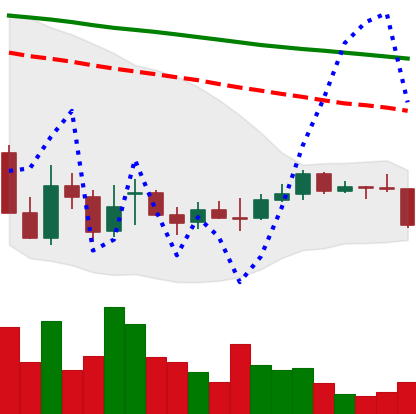
Ticker: EOS-USD
Chart end date: 2021-12-28
Forward return: 3.703%
Label: up_3_5